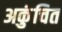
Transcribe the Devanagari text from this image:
अकुंचित